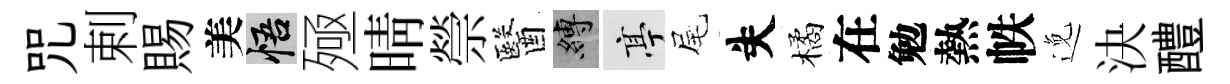
咒剌賜美悟殛晴禜醫縛亭尾失橘在勉熱帙𨓜決醴